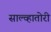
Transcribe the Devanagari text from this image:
साल्व्हातोरी